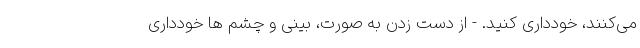
می‌کنند، خودداری کنید. - از دست زدن به صورت، بینی و چشم ها خودداری